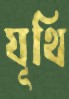
যূথি